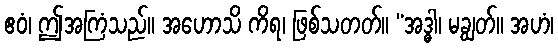
ဧဝံ၊ ဤအကြံသည်။ အဟောသိ ကိရ၊ ဖြစ်သတတ်။ “အဒ္ဓါ၊ မချွတ်။ အဟံ၊